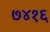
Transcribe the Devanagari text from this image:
७४१६